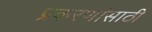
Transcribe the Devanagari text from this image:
प्रकरणांसाठी